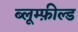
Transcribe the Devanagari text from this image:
ब्लूम्फ़ील्ड